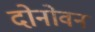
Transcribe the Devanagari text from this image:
दोनोवन